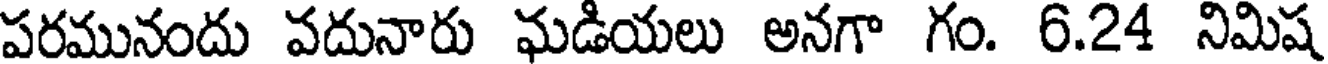
పరమునందు వదునారు ఘడియలు అనగా గం. 6.24 నిమిష